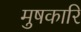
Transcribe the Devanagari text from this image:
मुषकारि